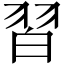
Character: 習